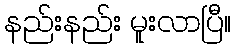
နည်းနည်း မူးလာပြီ။